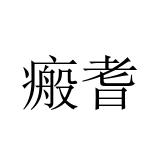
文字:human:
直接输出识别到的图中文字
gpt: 瘢耆